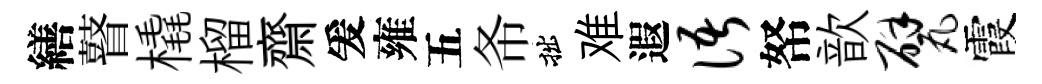
繕瞽橇榴齋爰雍五𢁙拙难遐语帑歆甓霞